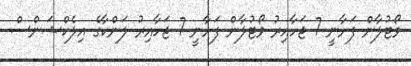
ވޯޓުލާން ފަށާނީ 7 ޖަހާއިރު ވޯޓުލާން ފަށާނީ 7 ޖަހާއިރު ލަންކާގެ އިލެކްޝަންސް